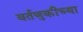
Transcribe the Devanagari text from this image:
वर्तणुकीच्या